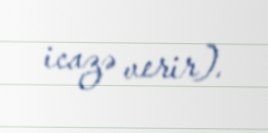
icazə verir).